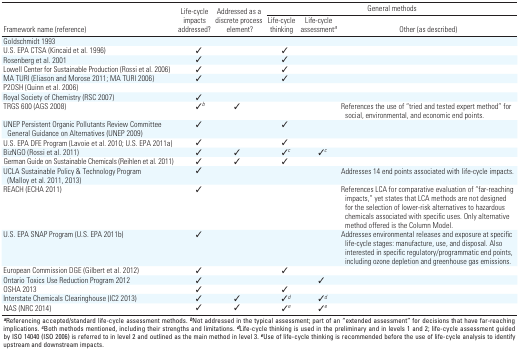
<table><thead><tr><td rowspan="2"><b>Framework name (reference)</b></td><td rowspan="2"><b>Life-cycle impacts addressed?</b></td><td rowspan="2"><b>Addressed as a discrete process element?</b></td><td colspan="3"><b>General methods</b></td></tr><tr><td><b>Life-cycle thinking</b></td><td><b>Life-cycle assessment<sup><i>a</i></sup></b></td><td><b>Other (as described)</b></td></tr></thead><tbody><tr><td><b>Goldschmidt 1993</b></td></tr><tr><td><b>U.S. EPA CTSA (Kincaid et al. 1996)</b></td><td>✓</td><td></td><td>✓</td></tr><tr><td><b>Rosenberg et al. 2001</b></td><td>✓</td><td></td><td>✓</td></tr><tr><td><b>Lowell Center for Sustainable Production (Rossi et al. 2006)</b></td><td>✓</td><td></td><td>✓</td></tr><tr><td><b>MA TURI (Eliason and Morose 2011; MA TURI 2006)</b></td><td>✓</td><td></td><td>✓</td></tr><tr><td><b>P2OSH (Quinn et al. 2006)</b></td></tr><tr><td><b>Royal Society of Chemistry (RSC 2007)</b></td><td>✓</td></tr><tr><td><b>TRGS 600 (AGS 2008)</b></td><td>✓<sup><i>b</i></sup></td><td>✓</td><td></td><td></td><td>References the use of “tried and tested expert method” for social, environmental, and economic end points.</td></tr><tr><td><b>UNEP Persistent Organic Pollutants Review Committee General Guidance on Alternatives (UNEP 2009)</b></td><td>✓</td><td></td><td>✓</td></tr><tr><td><b>U.S. EPA DFE Program (Lavoie et al. 2010; U.S. EPA 2011a)</b></td><td>✓</td><td></td><td>✓</td></tr><tr><td><b>BizNGO (Rossi et al. 2011) </b></td><td>✓</td><td>✓</td><td>✓<sup><i>c</i></sup></td><td>✓<sup><i>c</i></sup></td></tr><tr><td><b>German Guide on Sustainable Chemicals (Reihlen et al. 2011)</b></td><td>✓</td><td>✓</td><td>✓</td></tr><tr><td><b>UCLA Sustainable Policy &amp; Technology Program (Malloy et al. 2011, 2013)</b></td><td>✓</td><td></td><td></td><td></td><td>Addresses 14 end points associated with life-cycle impacts. </td></tr><tr><td><b>REACH (ECHA 2011)</b></td><td>✓</td><td></td><td></td><td></td><td>References LCA for comparative evaluation of “far-reaching impacts,” yet states that LCA methods are not designed for the selection of lower-risk alternatives to hazardous chemicals associated with specific uses. Only alternative method offered is the Column Model.</td></tr><tr><td><b>U.S. EPA SNAP Program (U.S. EPA 2011b)</b></td><td>✓</td><td></td><td></td><td></td><td>Addresses environmental releases and exposure at specific life-cycle stages: manufacture, use, and disposal. Also interested in specific regulatory/programmatic end points, including ozone depletion and greenhouse gas emissions.</td></tr><tr><td><b>European Commission DGE (Gilbert et al. 2012)</b></td><td>✓</td><td></td><td>✓</td></tr><tr><td><b>Ontario Toxics Use Reduction Program 2012</b></td><td>✓</td><td></td><td></td><td>✓</td></tr><tr><td><b>OSHA 2013</b></td><td>✓</td><td></td><td>✓</td></tr><tr><td><b>Interstate Chemicals Clearinghouse (IC2 2013)</b></td><td>✓</td><td>✓</td><td>✓<sup><i>d</i></sup></td><td>✓<sup><i>d</i></sup></td></tr><tr><td><b>NAS (NRC 2014)</b></td><td>✓</td><td>✓</td><td>✓<sup><i>e</i></sup></td><td>✓<sup><i>e</i></sup></td></tr><tr><td colspan="6"><sup><i><b>a</b></i></sup>Referencing accepted/standard life-cycle assessment methods. <sup><i><b>b</b></i></sup>Not addressed in the typical assessment; part of an “extended assessment” for decisions that have far-reaching implications. <sup><i><b>c</b></i></sup>Both methods mentioned, including their strengths and limitations. <sup><i><b>d</b></i></sup>Life-cycle thinking is used in the preliminary and in levels 1 and 2; life-cycle assessment guided by ISO 14040 (ISO 2006) is referred to in level 2 and outlined as the main method in level 3. <sup><i><b>e</b></i></sup>Use of life-cycle thinking is recommended before the use of life-cycle analysis to identify upstream and downstream impacts.</td></tr></tbody></table>